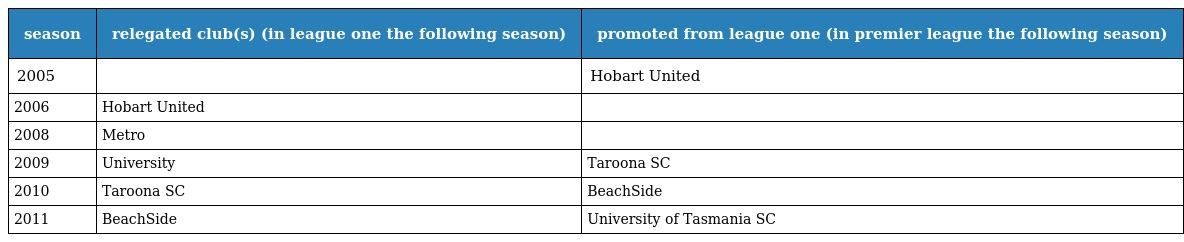
| season | relegated club(s) (in league one the following season) | promoted from league one (in premier league the following season) |
 | --- | --- | --- |
 | 2005 |  | Hobart United |
 | 2006 | Hobart United |  |
 | 2008 | Metro |  |
 | 2009 | University | Taroona SC |
 | 2010 | Taroona SC | BeachSide |
 | 2011 | BeachSide | University of Tasmania SC |